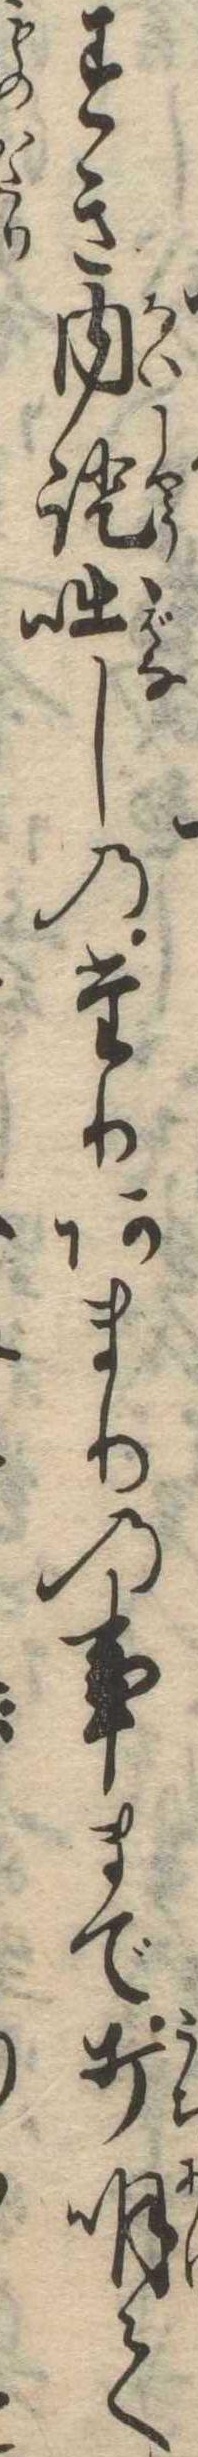
すき内証咄しのたりあまりの事まで打明て